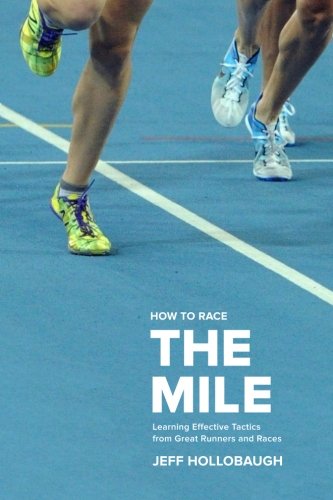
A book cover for How to Race the Mile: Learning Effective Tactics from Great Runners and Races; Jeff Hollobaugh; Sports & Outdoors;